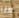
هنا